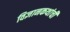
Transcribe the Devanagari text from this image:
विज्ञानकथांची